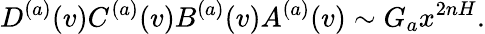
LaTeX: D^{(a)}(v)C^{(a)}(v)B^{(a)}(v)A^{(a)}(v)\sim G_{a}x^{2nH}.